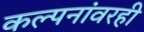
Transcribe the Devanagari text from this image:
कल्पनांवरही